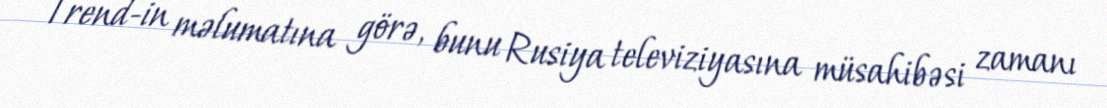
Trend-in məlumatına görə, bunu Rusiya televiziyasına müsahibəsi zamanı